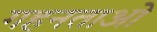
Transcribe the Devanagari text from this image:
गहनताओं